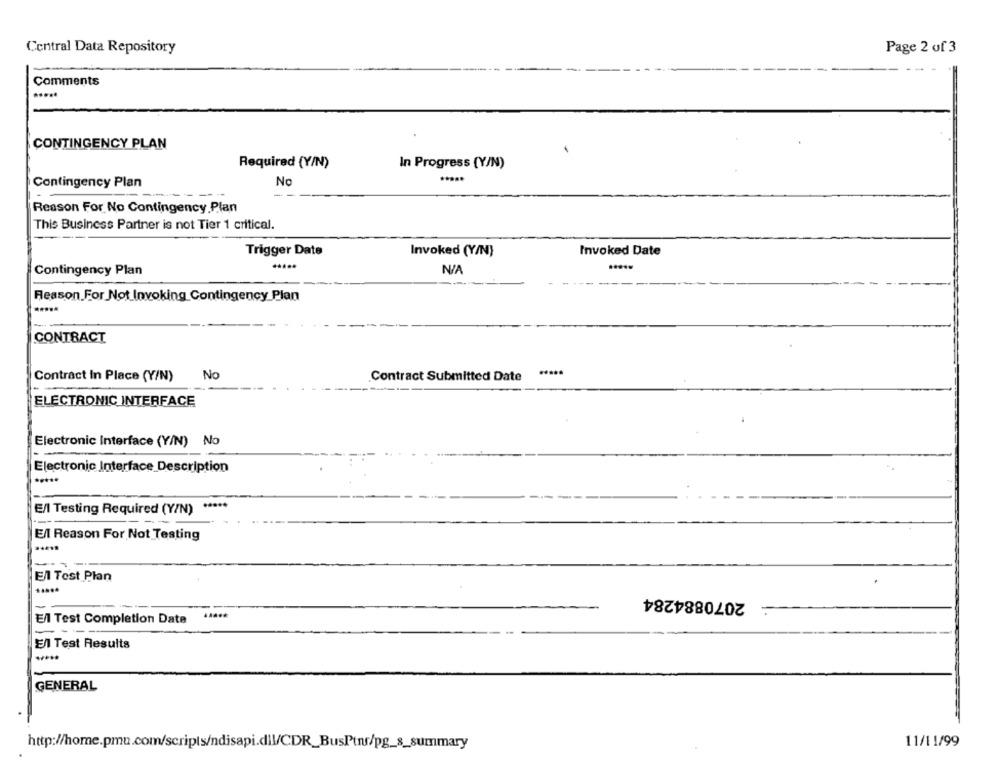
Central Data Repository
Page 2 of 3
Comments
CONTINGENCY PLAN
Required (Y/N)
In Progress (Y/N)
Contingency Plan
No
Reason For No Contingency Plan
This Business Partner is not Tier 1 critical.
Trigger Date
Invoked Date
Invoked (Y/N)
Contingency Plan
Reason For Not Invoking Contingency Plan
CONTRACT
Contract In Place (Y/N)
No
Contract Submitted Date
ELECTRONIC INTERFACE
Electronic Interface (Y/N) No
Electronic Interface Description
E/l Testing Required (Y/N)
Ell Reason For Not Testing
-- -
El Test Plan
2070884284
.....
El Test Completion Date
El Test Results
GENERAL
http://home.pmu.com/scripts/ndisapi.dil/CDR_BusPtnr/pg_s_summary
11/11/99